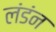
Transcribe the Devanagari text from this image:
लंडंन